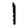
Digit: 1